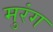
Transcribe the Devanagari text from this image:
मुरंग